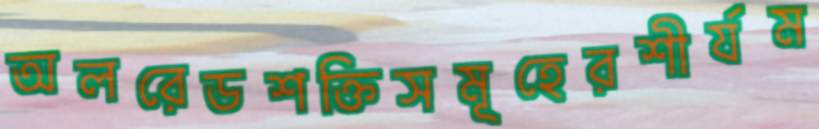
অলরেডশক্তিসমূহেরশীর্যম